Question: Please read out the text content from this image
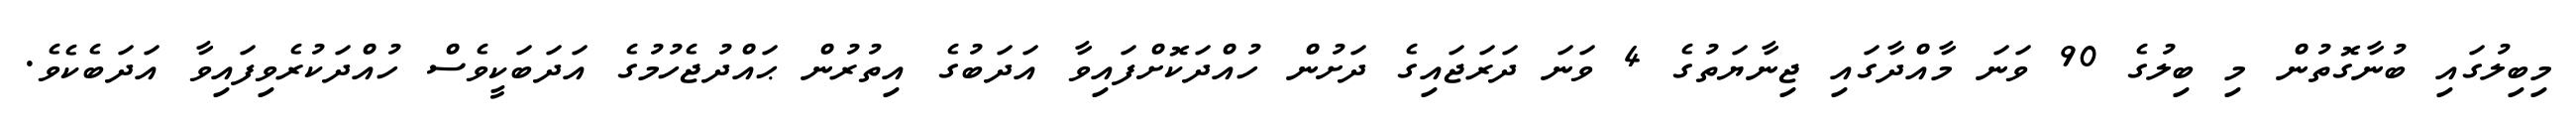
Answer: މިބިލުގައި ބުނާގޮތުން މި ބިލުގެ 90 ވަނަ މާއްދާގައި ޖިނާޔަތުގެ 4 ވަނަ ދަރަޖައިގެ ދަށުން ހުއްދަކޮށްފައިވާ އަދަބުގެ އިތުރުން ޙައްދުޖެހުމުގެ އަދަބަކީވެސް ހުއްދަކުރެވިފައިވާ އަދަބެކެވެ.